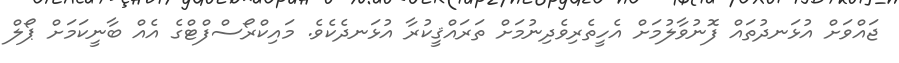
ޖައްވަށް އުޅަނދުތައް ފޮނުވާލުމަށް އެހީތެރިވެދިނުމަށް ތަރައްޤީކުރާ އުޅަނދެކެވެ. މައިކްރޯސްފްޓްގެ އެއް ބާނީކަމަށް ޕޯލް